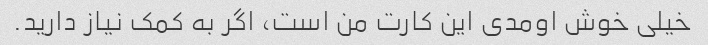
خیلی خوش اومدی این کارت من است، اگر به کمک نیاز دارید.